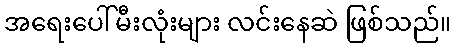
အရေးပေါ်မီးလုံးများ လင်းနေဆဲ ဖြစ်သည်။